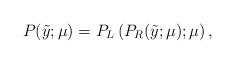
LaTeX: \begin{align*}P(\tilde{y};\mu) = P_L \left( P_R(\tilde{y};\mu); \mu \right),\end{align*}